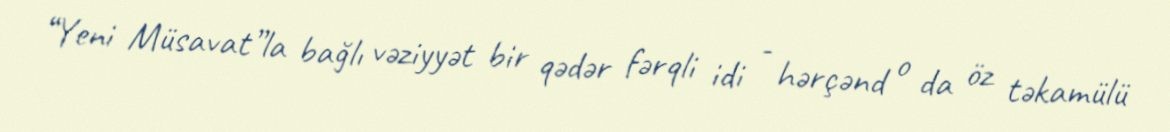
“Yeni Müsavat”la bağlı vəziyyət bir qədər fərqli idi - hərçənd o da öz təkamülü